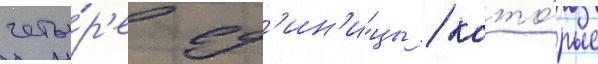
четы́р'е ед'ин'и́цы / кото́рые